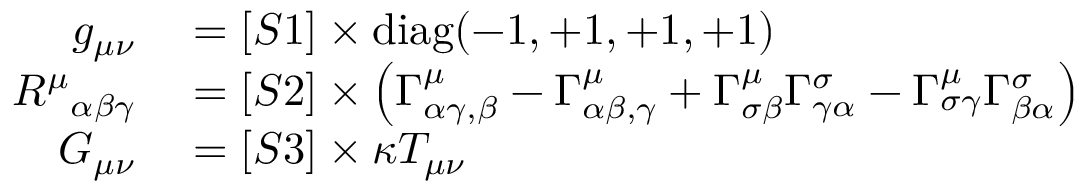
\begin{array} { r l } { g _ { \mu \nu } } & { { } = [ S 1 ] \times \operatorname { d i a g } ( - 1 , + 1 , + 1 , + 1 ) } \\ { { R ^ { \mu } } _ { \alpha \beta \gamma } } & { { } = [ S 2 ] \times \left( \Gamma _ { \alpha \gamma , \beta } ^ { \mu } - \Gamma _ { \alpha \beta , \gamma } ^ { \mu } + \Gamma _ { \sigma \beta } ^ { \mu } \Gamma _ { \gamma \alpha } ^ { \sigma } - \Gamma _ { \sigma \gamma } ^ { \mu } \Gamma _ { \beta \alpha } ^ { \sigma } \right) } \\ { G _ { \mu \nu } } & { { } = [ S 3 ] \times \kappa T _ { \mu \nu } } \end{array}